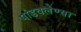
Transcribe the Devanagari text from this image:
पांडवलेण्या